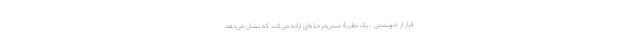
فرار از خویشتن ، یک نظریۀ شش‌مرحله‌ای ارائه می‌کند که نشان می‌دهد